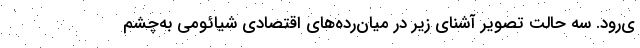
ی‌رود. سه حالت تصویر آشنای زیر در میان‌رده‌های اقتصادی شیائومی به‌چشم